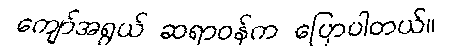
ကျော်အရွယ် ဆရာဝန်က ပြောပါတယ်။